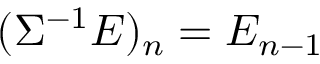
( \Sigma ^ { - 1 } E ) _ { n } = E _ { n - 1 }